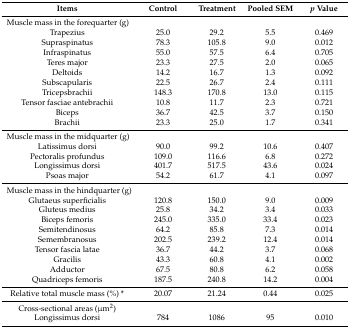
| Items | Control | Treatment | Pooled SEM | p Value |
 | --- | --- | --- | --- | --- |
 | <COLSPAN=5> Muscle mass in the forequarter (g) |
 | Trapezius | 25.0 | 29.2 | 5.5 | 0.469 |
 | Supraspinatus | 78.3 | 105.8 | 9.0 | 0.012 |
 | Infraspinatus | 55.0 | 57.5 | 6.4 | 0.705 |
 | Teres major | 23.3 | 27.5 | 2.0 | 0.065 |
 | Deltoids | 14.2 | 16.7 | 1.3 | 0.092 |
 | Subscapularis | 22.5 | 26.7 | 2.4 | 0.111 |
 | Tricepsbrachii | 148.3 | 170.8 | 13.0 | 0.115 |
 | Tensor fasciae antebrachii | 10.8 | 11.7 | 2.3 | 0.721 |
 | Biceps | 36.7 | 42.5 | 3.7 | 0.150 |
 | Brachii | 23.3 | 25.0 | 1.7 | 0.341 |
 | <COLSPAN=5> Muscle mass in the midquarter (g) |
 | Latissimus dorsi | 90.0 | 99.2 | 10.6 | 0.407 |
 | Pectoralis profundus | 109.0 | 116.6 | 6.8 | 0.272 |
 | Longissimus dorsi | 401.7 | 517.5 | 43.6 | 0.024 |
 | Psoas major | 54.2 | 61.7 | 4.1 | 0.097 |
 | <COLSPAN=5> Muscle mass in the hindquarter (g) |
 | Glutaeus superficialis | 120.8 | 150.0 | 9.0 | 0.009 |
 | Gluteus medius | 25.8 | 34.2 | 3.4 | 0.033 |
 | Biceps femoris | 245.0 | 335.0 | 33.4 | 0.023 |
 | Semitendinosus | 64.2 | 85.8 | 7.3 | 0.014 |
 | Semembranosus | 202.5 | 239.2 | 12.4 | 0.014 |
 | Tensor fascia latae | 36.7 | 44.2 | 3.7 | 0.068 |
 | Gracilis | 43.3 | 60.8 | 4.1 | 0.002 |
 | Adductor | 67.5 | 80.8 | 6.2 | 0.058 |
 | Quadriceps femoris | 187.5 | 240.8 | 14.2 | 0.004 |
 | Relative total muscle mass (%) * | 20.07 | 21.24 | 0.44 | 0.025 |
 | Cross-sectional areas (μm2) |  |  |  |  |
 | Longissimus dorsi | 784 | 1086 | 95 | 0.010 |